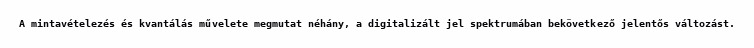
A mintavételezés és kvantálás művelete megmutat néhány, a digitalizált jel spektrumában bekövetkező jelentős változást.